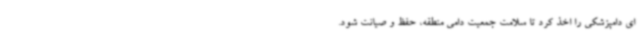
ای دامپزشکی را اخذ کرد تا سلامت جمعیت دامی منطقه، حفظ و صیانت شود.